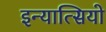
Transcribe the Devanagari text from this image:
इन्यात्सियो